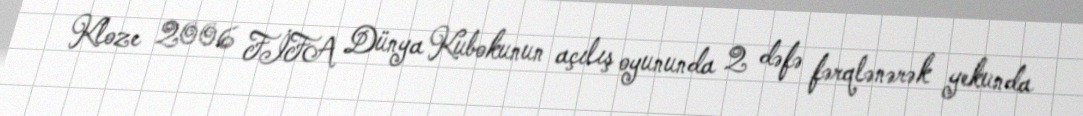
Kloze 2006 FİFA Dünya Kubokunun açılış oyununda 2 dəfə fərqlənərək yekunda